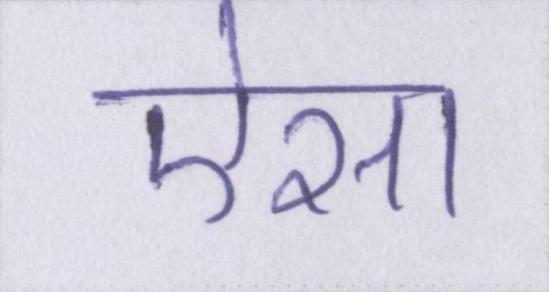
ऐसा